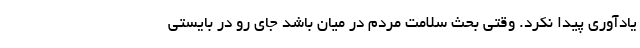
یادآوری پیدا نکرد. وقتی بحث سلامت مردم در میان باشد جای رو در بایستی